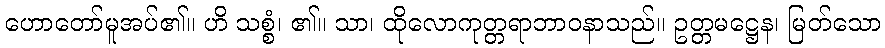
ဟောတော်မူအပ်၏။ ဟိ သစ္စံ၊ ၏။ သာ၊ ထိုလောကုတ္တရာဘာဝနာသည်။ ဥတ္တမဋ္ဌေန၊ မြတ်သော